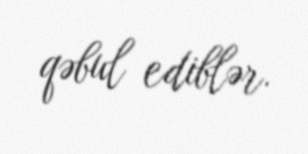
qəbul ediblər.